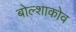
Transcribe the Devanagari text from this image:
बोल्शाकोव